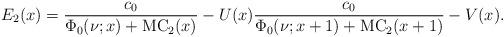
LaTeX: \begin{align*}E_2(x)=\frac{c_0}{\Phi_0(\nu;x)+\mathrm{MC}_2(x)}-U(x)\frac{c_0}{\Phi_0(\nu;x+1)+\mathrm{MC}_2(x+1)}-V(x).\end{align*}